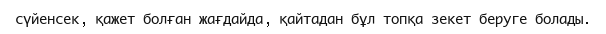
сүйенсек, қажет болған жағдайда, қайтадан бұл топқа зекет беруге болады.